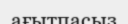
ағытпасыз